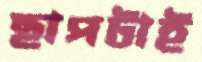
ছাপটাই